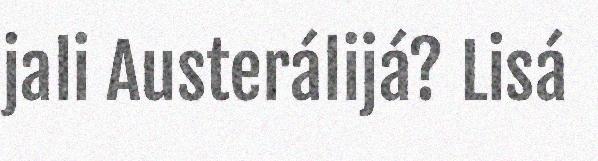
jali Austerálijá? Lisá